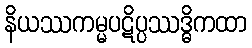
နိယဿကမ္မပဋိပ္ပဿဒ္ဓိကထာ